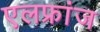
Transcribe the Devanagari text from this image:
एलफ्रांज